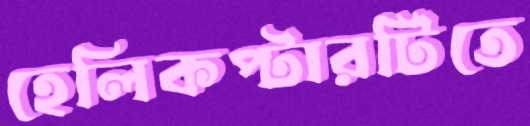
হেলিকপ্টারটিতে